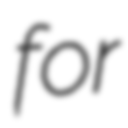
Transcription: for